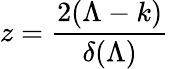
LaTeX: z=\frac{2(\Lambda-k)}{\delta(\Lambda)}